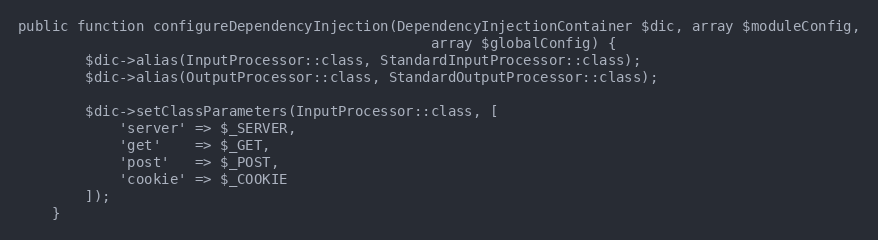
Language: PHP
public function configureDependencyInjection(DependencyInjectionContainer $dic, array $moduleConfig,
												 array $globalConfig) {
		$dic->alias(InputProcessor::class, StandardInputProcessor::class);
		$dic->alias(OutputProcessor::class, StandardOutputProcessor::class);

		$dic->setClassParameters(InputProcessor::class, [
			'server' => $_SERVER,
			'get'    => $_GET,
			'post'   => $_POST,
			'cookie' => $_COOKIE
		]);
	}